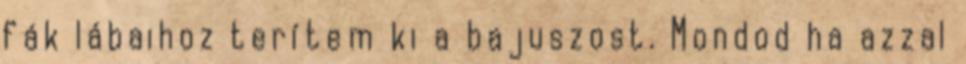
fák lábaihoz terítem ki a bajuszost. Mondod ha azzal